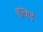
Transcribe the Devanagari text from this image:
शास्त्राई